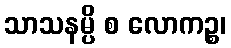
သာသနမ္ပိ စ လောကဉ္စ၊